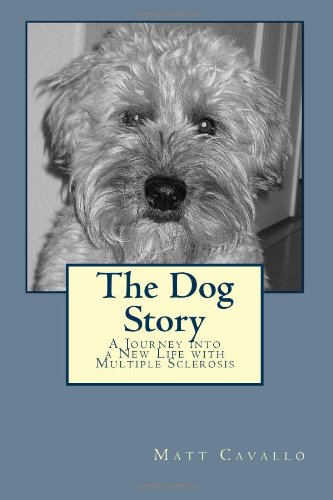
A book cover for The Dog Story: A Journey into a New Life with Multiple Sclerosis; Matt Cavallo; Health, Fitness & Dieting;